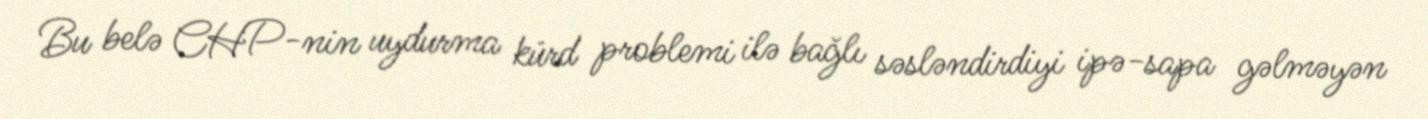
Bu belə CHP-nin uydurma kürd problemi ilə bağlı səsləndirdiyi ipə-sapa gəlməyən